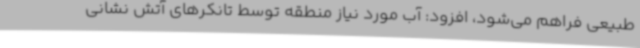
طبیعی فراهم می‌شود، افزود: آب مورد نیاز منطقه توسط تانکرهای آتش نشانی